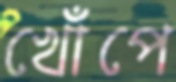
খোঁপে